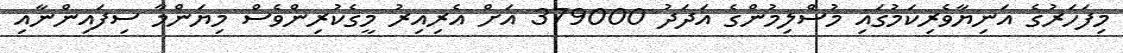
މިފަހަރުގެ އަނިޔާވެރިކަމުގައި މުސްލިމުންގެ އަދަދު 379000 އަށް އެރިއިރު މީގެކުރިންވެސް މިޔަންމާ ސިފައިންނާއި